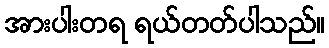
အားပါးတရ ရယ်တတ်ပါသည်။